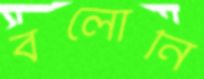
বলোনি